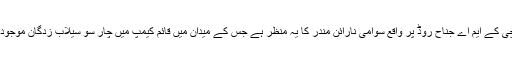
کراچی کے ایم اے جناح روڈ پر واقع سوامی نارائن مندر کا یہ منظر ہے جس کے میدان میں قائم کیمپ میں چار سو سیلاب زدگان موجود ہیں۔